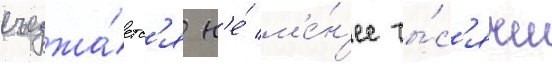
съезжа́етс'я н'е́ м'е́н'ее ты́с'ячи